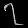
Digit: ၇